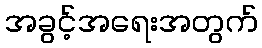
အခွင့်အရေးအတွက်